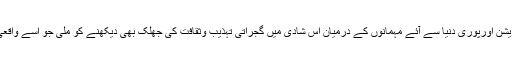
ورلڈ کلاس ڈیکوریشن اورپوری دنیا سے آئے مہمانوں کے درمیان اس شادی میں گجراتی تہذیب وثقافت کی جھلک بھی دیکھنے کو ملی جو اسے واقعی خاص بناتی ہے۔